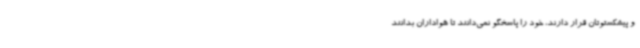
و پیشکستوتان قرار دارند، خود را پاسخگو نمی‌دانند تا هواداران بدانند